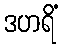
ဒဟရိံ